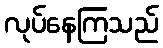
လုပ်နေကြသည်